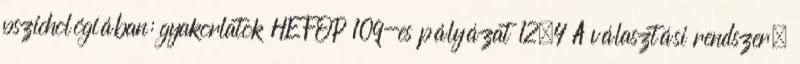
pszichológiában: gyakorlatok HEFOP 109-es pályázat 12.4 A választási rendszer.